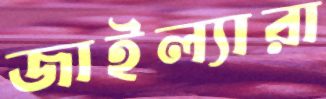
জাইল্যারা